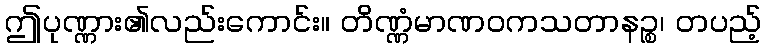
ဤပုဏ္ဏား၏လည်းကောင်း။ တိဏ္ဏံမာဏဝကသတာနဉ္စ၊ တပည့်